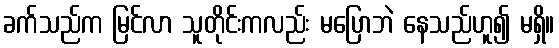
ခက်သည်က မြင်လာ သူတိုင်းကလည်း မပြောဘဲ နေသည်ဟူ၍ မရှိ။